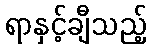
ရာနှင့်ချီသည့်